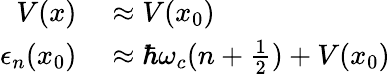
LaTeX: \begin{array}{rl}{V(x)}&{{}\approx V(x_{0})}\\ {\epsilon_{n}(x_{0})}&{{}\approx\hbar\omega_{c}(n+\frac{1}{2})+V(x_{0})}\end{array}